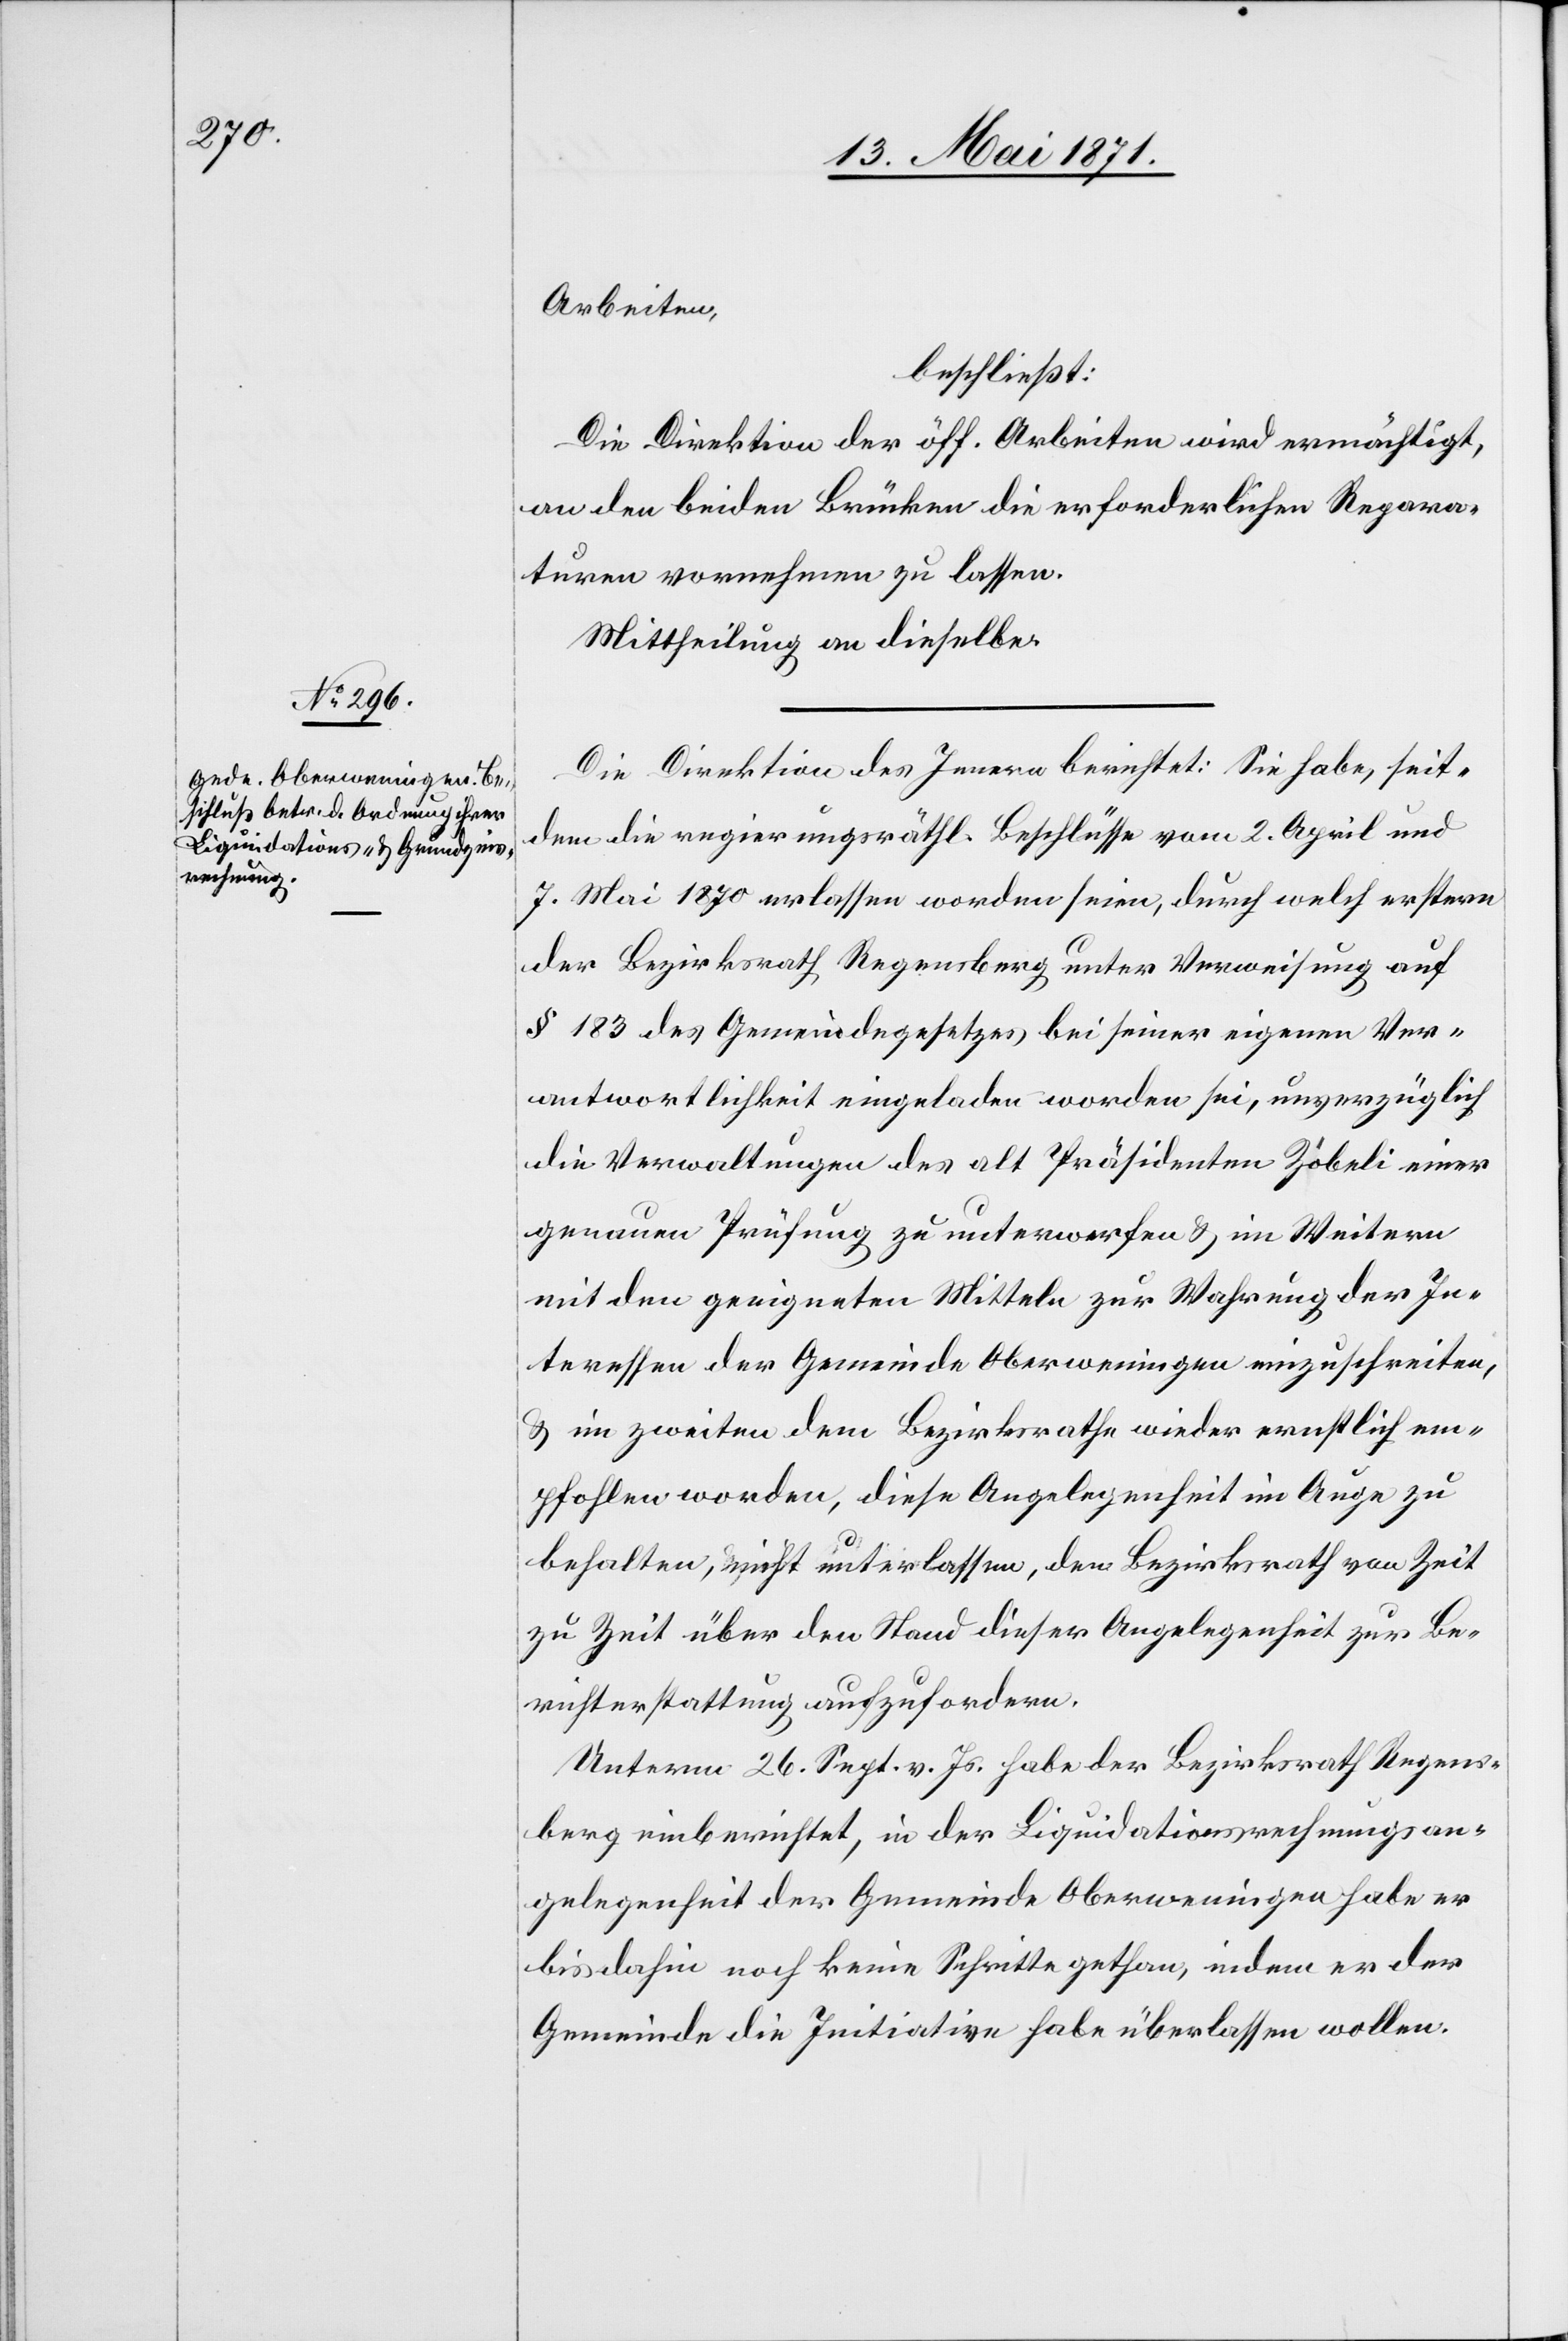
Arbeiten,
beschließt:
Die Direktion der öff. Arbeiten wird ermächtigt,
an den beiden Brücken die erforderlichen Repara¬
turen vornehmen zu lassen.
Mittheilung an dieselbe.
Die Direktion des Innern berichtet: Sie habe, seit¬
dem die regierungsräthl. Beschlüsse vom 2. April und
7. Mai 1870 erlassen worden seien, durch welch erstere
der Bezirksrath Regensberg unter Verweisung auf
§ 183 des Gemeindegesetzes bei seiner eigenen Ver¬
antwortlichkeit eingeladen worden sei, unverzüglich
die Verwaltungen des alt Präsidenten Zöbeli einer
genauen Prüfung zu unterwerfen u. im Weitern
mit den geeigneten Mitteln zur Wahrung der In¬
teressen der Gemeinde Oberweningen einzuschreiten,
u. im zweiten dem Bezirksrathe wieder ernstlich em¬
pfohlen worden, diese Angelegenheit im Auge zu
behalten, nicht unterlassen, den Bezirksrath von Zeit
zu Zeit über den Stand dieser Angelegenheit zur Be¬
richterstattung aufzufordern.
Unterm 26. Sept. v. Js. habe der Bezirksrath Regens¬
berg einberichtet, in der Liquidationsrechnungsan¬
gelegenheit der Gemeinde Oberweningen habe er
bis dahin noch keine Schritte gethan, indem er der
Gemeinde die Initiative habe überlassen wollen.